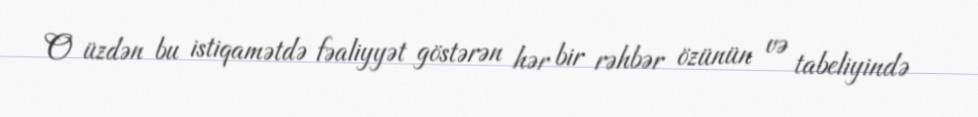
O üzdən bu istiqamətdə fəaliyyət göstərən hər bir rəhbər özünün və tabeliyində